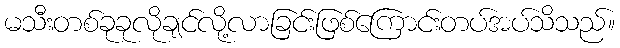
မသီးတစ်ခုခုလိုချင်လို့လာခြင်းဖြစ်ကြောင်းတပ်အပ်သိသည်။